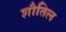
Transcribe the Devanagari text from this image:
शौतिल